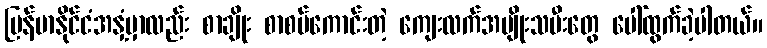
မြန်မာနိုင်ငံအနှံ့မှာလည်း စာချိုး စာစပ်ကောင်းတဲ့ ကျေးလက်အမျိုးသမီးတွေ ပေါ်ထွက်ခဲ့ပါတယ်။